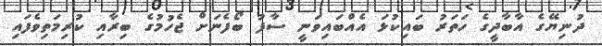
ދުނިޔޭގެ އާބާދީގެ ހަަތަރު ބައިކުޅަ އެއްބައިވަނީ ސާފު ބޯފެނަށް ޖެހުމުގެ ބިރާއި ކުރިމަތިވެފައި